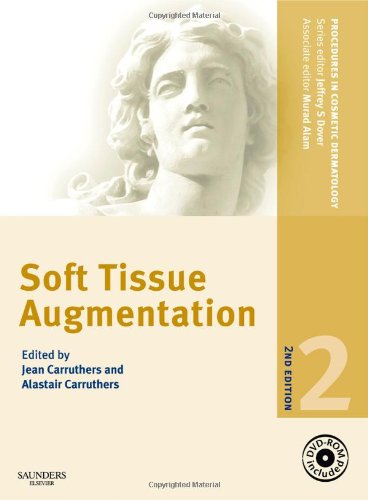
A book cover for Procedures in Cosmetic Dermatology Series: Soft Tissue Augmentation with DVD, 2e; Jean Carruthers MD  FRCSC; Medical Books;